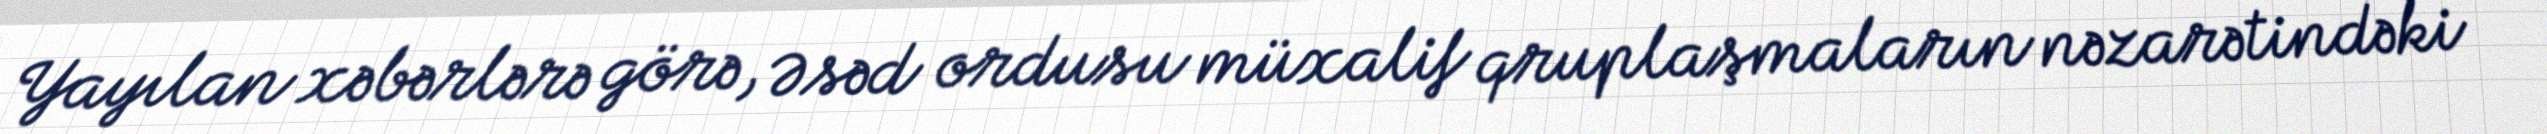
Yayılan xəbərlərə görə, Əsəd ordusu müxalif qruplaşmaların nəzarətindəki